Mental hospitals Bombay report 1921-28 - 1921-1928
Year: 1921
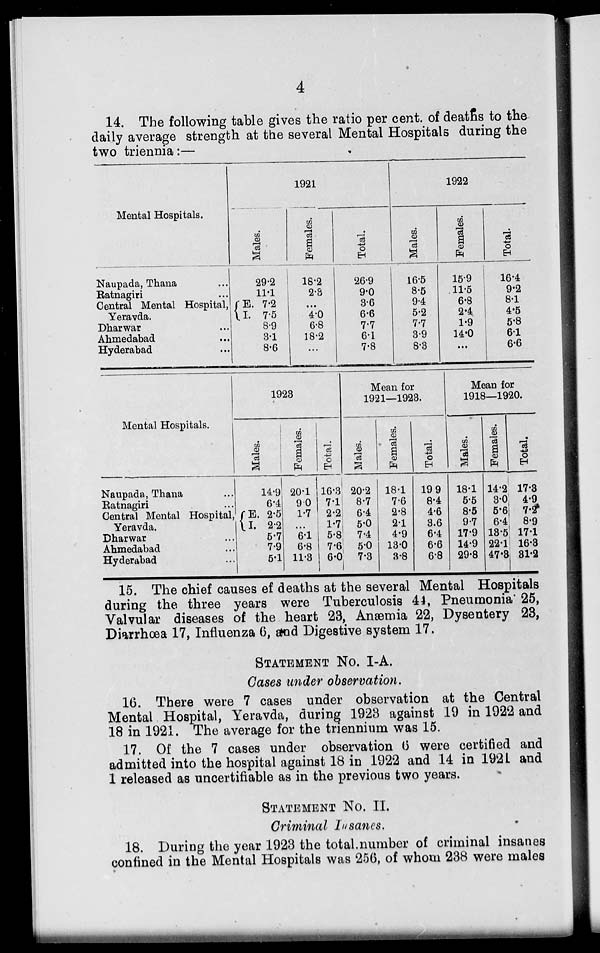
4
14. The following table gives the ratio per cent. of deaths to the
daily average strength at the several Mental Hospitals during the
two triennia :—
Mental Hospitals.
Naupada, Thana ...
Ratnagiri ...
Central Mental Hospital,
Yeravda.
Dharwar ...
Ahmedabad ...
Hyderabad ...
1921
Males.
29.2
11.1
E. 7.2
I. 7.5
8.9
3.1
8.6
Females.
18.2
2.3
...
4.0
6.8
18.2
...
Total.
26.9
9.0
3.6
6.6
7.7
6.1
7.8
1922
Males.
16.5
8.5
9.4
5.2
7.7
3.9
8.3
Females.
15.9
11.5
6.8
2.4
1.9
14.0
...
Total.
16.4
9.2
8.1
4.5
5.8
6.1
6.6
Mental Hospitals.
Naupada, Thana ...
Ratnagiri ...
Central Mental Hospital,
Yeravda.
Dharwar ...
Ahmedabad ...
Hyderabad ...
1923
Males.
14.9
6.4
E. 2.5
I. 2.2
5.7
7.9
5.1
Females.
20.1
9.0
1.7
...
6.1
6.8
11.3
Total.
16.3
7.1
2.2
1.7
5.8
7.6
6.0
Mean for
1921—1923.
Males.
20.2
8.7
6.4
5.0
7.4
5.0
7.3
Females.
18.1
7.6
2.8
2.1
4.9
13.0
3.8
Total.
19.9
8.4
4.6
3.6
6.4
6.6
6.8
Mean for
1918—1920.
Males.
18.1
5.5
8.5
9.7
17.9
14.9
29.8
Females.
14.2
3.0
5.6
6.4
13.5
22.1
47.3
Total.
17.3
4.9
7.2
8.9
17.1
16.3
31.2
15. The chief causes of deaths at the several Mental Hospitals
during the three years were Tuberculosis 44, Pneumonia 25,
Valvular diseases of the heart 23, Anæmia 22, Dysentery 23,
Diarrhœa 17, Influenza 6, and Digestive system 17.
STATEMENT No. I-A.
Cases under observation.
16. There were 7 cases under observation at the Central
Mental Hospital, Yeravda, during 1923 against 19 in 1922 and
18 in 1921. The average for the triennium was 15.
17. Of the 7 cases under observation 6 were certified and
admitted into the hospital against 18 in 1922 and 14 in 1921 and
1 released as uncertifiable as in the previous two years.
STATEMENT No. II.
Criminal Insanes.
18. During the year 1923 the total.number of criminal insanes
confined in the Mental Hospitals was 256, of whom 238 were males